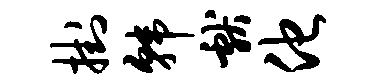
挂韩献他